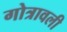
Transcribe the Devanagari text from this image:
गोत्रावली